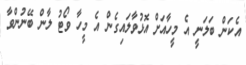
އެކަން ބަލަނީ އެ މީހާއަށް އޮޅުވާލައިގެން އެ މީހާ ވޯޓު ލާން ބޭނުންވާ